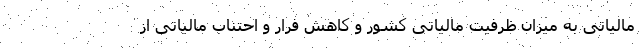
مالیاتی به میزان ظرفیت مالیاتی کشور و کاهش فرار و احتناب مالیاتی از